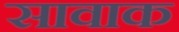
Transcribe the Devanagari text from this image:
सावाक